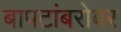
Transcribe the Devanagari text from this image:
बापटांबरोबर